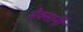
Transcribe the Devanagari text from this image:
सैक्सानी